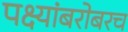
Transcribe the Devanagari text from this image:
पक्ष्यांबरोबरच